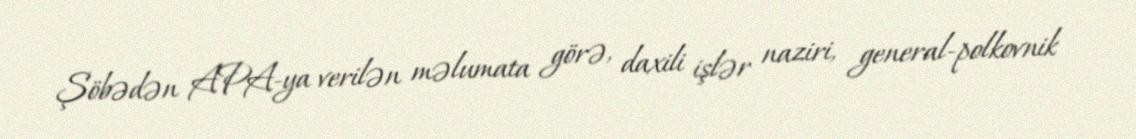
Şöbədən APA-ya verilən məlumata görə, daxili işlər naziri, general-polkovnik